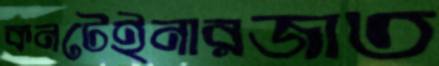
কনটেইনারজাত